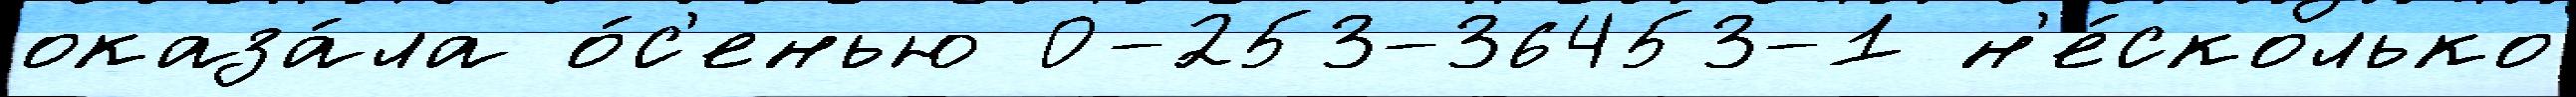
оказа́ла о́с'енью 0-253-36453-1 н'е́сколько